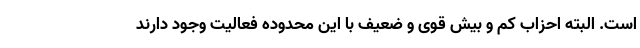
است. البته احزاب کم و بیش قوی و ضعیف با این محدوده فعالیت وجود دارند